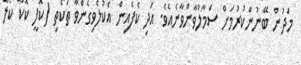
މަދުން ބޭނުންކުރުމަށް ސަމާލުވާންވާނެއެވެ. އަދި ކެފެއިން އެކުލެވިގެންވާ ތަކެތި (ކޮފީ ކޮކާ ކޯލާ